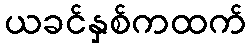
ယခင်နှစ်ကထက်